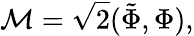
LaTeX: \mathcal{M}=\sqrt{2}(\tilde{\Phi},\Phi),